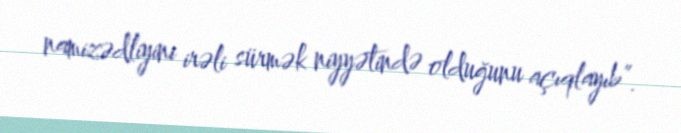
namizədliyini irəli sürmək niyyətində olduğunu açıqlayıb”.